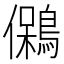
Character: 䳰